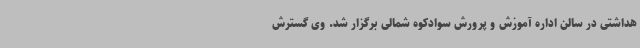
هداشتی در سالن اداره آموزش و پرورش سوادکوه شمالی برگزار شد. وی گسترش